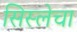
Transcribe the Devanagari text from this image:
सिस्लेचा